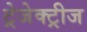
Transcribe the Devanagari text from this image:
ट्रेजेक्ट्रीज